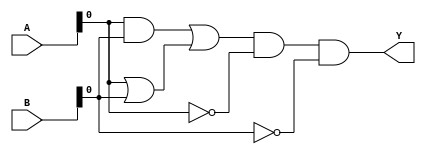
module combinational_logic_block (
    input wire [3:0] A,  // 4-bit input
    input wire [3:0] B,  // 4-bit input
    output wire Y        // Output
);

// Intermediate signals for multi-level simplification
wire A_and_B;          // Intermediate signal for AND operation
wire A_or_B;           // Intermediate signal for OR operation
wire A_xor_B;          // Intermediate signal for XOR operation
wire not_A;            // Intermediate signal for NOT operation
wire not_B;            // Intermediate signal for NOT operation

// Logic operations
assign A_and_B = A & B;          // AND operation
assign A_or_B = A | B;           // OR operation
assign A_xor_B = A ^ B;          // XOR operation
assign not_A = ~A;               // NOT operation
assign not_B = ~B;               // NOT operation

// Final output using multi-level logic simplification
assign Y = (A_and_B | A_or_B) & not_A & not_B; // Example of a simplified logic expression

endmodule